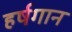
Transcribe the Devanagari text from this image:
हर्षगान